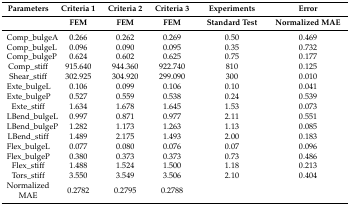
<table><thead><tr><td><b>Parameters</b></td><td><b>Criteria 1</b></td><td><b>Criteria 2</b></td><td><b>Criteria 3</b></td><td><b>Experiments</b></td><td><b>Error</b></td></tr><tr><td></td><td><b>FEM</b></td><td><b>FEM</b></td><td><b>FEM</b></td><td><b>Standard Test</b></td><td><b>Normalized MAE</b></td></tr></thead><tbody><tr><td>Comp_bulgeA</td><td>0.266</td><td>0.262</td><td>0.269</td><td>0.50</td><td>0.469</td></tr><tr><td>Comp_bulgeL</td><td>0.096</td><td>0.090</td><td>0.095</td><td>0.35</td><td>0.732</td></tr><tr><td>Comp_bulgeP</td><td>0.624</td><td>0.602</td><td>0.625</td><td>0.75</td><td>0.177</td></tr><tr><td>Comp_stiff</td><td>915.640</td><td>944.360</td><td>922.740</td><td>810</td><td>0.125</td></tr><tr><td>Shear_stiff</td><td>302.925</td><td>304.920</td><td>299.090</td><td>300</td><td>0.010</td></tr><tr><td>Exte_bulgeL</td><td>0.106</td><td>0.099</td><td>0.106</td><td>0.10</td><td>0.041</td></tr><tr><td>Exte_bulgeP</td><td>0.527</td><td>0.559</td><td>0.538</td><td>0.24</td><td>0.539</td></tr><tr><td>Exte_stiff</td><td>1.634</td><td>1.678</td><td>1.645</td><td>1.53</td><td>0.073</td></tr><tr><td>LBend_bulgeL</td><td>0.997</td><td>0.871</td><td>0.977</td><td>2.11</td><td>0.551</td></tr><tr><td>LBend_bulgeP</td><td>1.282</td><td>1.173</td><td>1.263</td><td>1.13</td><td>0.085</td></tr><tr><td>LBend_stiff</td><td>1.489</td><td>2.175</td><td>1.493</td><td>2.00</td><td>0.183</td></tr><tr><td>Flex_bulgeL</td><td>0.077</td><td>0.080</td><td>0.076</td><td>0.07</td><td>0.096</td></tr><tr><td>Flex_bulgeP</td><td>0.380</td><td>0.373</td><td>0.373</td><td>0.73</td><td>0.486</td></tr><tr><td>Flex_stiff</td><td>1.488</td><td>1.524</td><td>1.500</td><td>1.18</td><td>0.213</td></tr><tr><td>Tors_stiff</td><td>3.550</td><td>3.549</td><td>3.506</td><td>2.10</td><td>0.404</td></tr><tr><td>Normalized MAE </td><td>0.2782</td><td>0.2795</td><td>0.2788</td><td></td><td></td></tr></tbody></table>